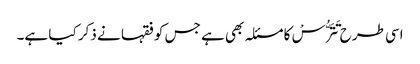
اسی طرح تَتَرُّسْ کا مسئلہ بھی ہے جس کو فقہا نے ذکر کیا ہے۔